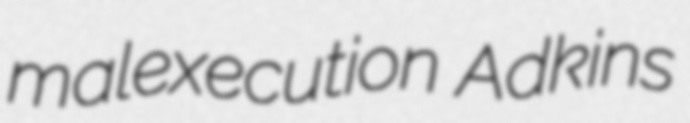
malexecution Adkins